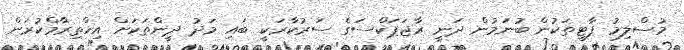
މުސްލިމު ޕާޓީތަކުން ބުނަމުން ދަނީ ރާޖަޕަކްސަގެ ސަރުކާރަކީ ބައި މަދު ދީންތަކަށް އިހްތިރާމްކުރަން